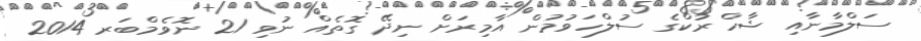
ސަލްމާނާއި ޝާހްރުކްގެ ސުލްހަވުމުން އާމިރަށް ނިދޭ ގޮތެއް ނުވި 21 ނޮވެމްބަރ 2014